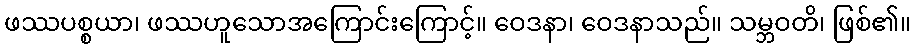
ဖဿပစ္စယာ၊ ဖဿဟူသောအကြောင်းကြောင့်။ ဝေဒနာ၊ ဝေဒနာသည်။ သမ္ဘဝတိ၊ ဖြစ်၏။